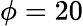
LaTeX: \phi=20